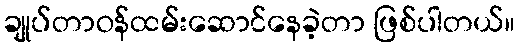
ချုပ်တာဝန်ထမ်းဆောင်နေခဲ့တာ ဖြစ်ပါတယ်။